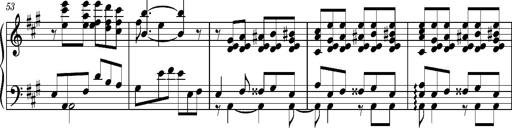
Title: PriÃ¨re d'un enfant Ã  son rÃ©veil
Composer: Franz Liszt
Key: A major